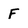
Character: F